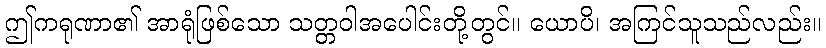
ဤကရုဏာ၏ အာရုံဖြစ်သော သတ္တဝါအပေါင်းတို့တွင်။ ယောပိ၊ အကြင်သူသည်လည်း။